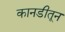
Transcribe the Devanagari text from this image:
कानडीतून